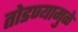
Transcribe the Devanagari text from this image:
तोडण्यामुळे